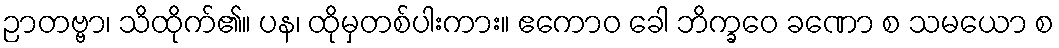
ဉာတဗ္ဗာ၊ သိထိုက်၏။ ပန၊ ထိုမှတစ်ပါးကား။ ဧကောဝ ခေါ ဘိက္ခဝေ ခဏော စ သမယော စ